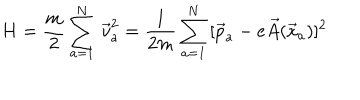
LaTeX: H = \frac { m } { 2 } \sum _ { a = 1 } ^ { N } \, \vec { v } _ { a } ^ { 2 } = \frac { 1 } { 2 m } \sum _ { a = 1 } ^ { N } \, [ \vec { p } _ { a } - e \vec { A } ( \vec { x } _ { a } ) ] ^ { 2 }